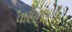
વાણિયાવાડ